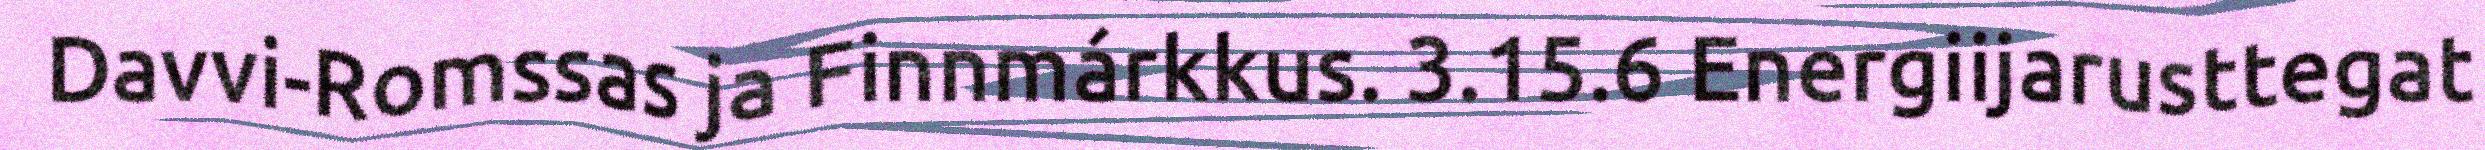
Davvi-Romssas ja Finnmárkkus. 3.15.6 Energiijarusttegat